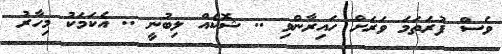
ވެސް ފުރަތަމަ ވަރަށް ހައިރާންވި .. ޝޮކެއް ލިބުނީ .. އެކަމަކު މިހާރު